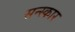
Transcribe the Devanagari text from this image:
सन्स्कार